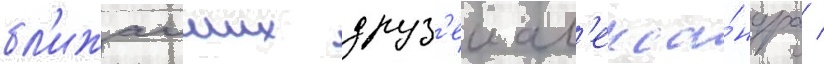
бл'ижаиших друз'еи ал'екса́ндра /